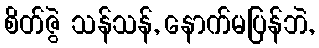
စိတ်ဇွဲ သန်သန်, နောက်မပြန်ဘဲ,